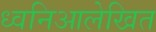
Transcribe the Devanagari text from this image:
ध्वनिआलेखित